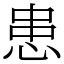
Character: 患